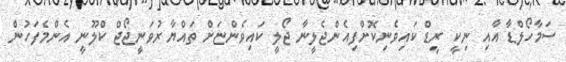
ސަމާހޯލްޑާ އާއި ނިކީ ރީޑް ކައިވެނިކޮށްފިއެންޖެލީނާ ޖޯލީ ކައިވެންޏަށް ތައްޔާރުވަނީޖޯޖް ކްލޫނީ އެންމެފަހުން